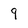
Character: 9